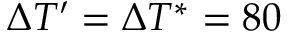
\Delta T ^ { \prime } = \Delta T ^ { * } = 8 0